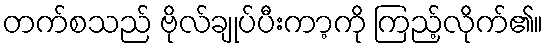
တက်စသည် ဗိုလ်ချုပ်ပီးကာ့ကို ကြည့်လိုက်၏။